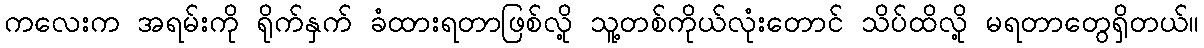
ကလေးက အရမ်းကို ရိုက်နှက် ခံထားရတာဖြစ်လို့ သူ့တစ်ကိုယ်လုံးတောင် သိပ်ထိလို့ မရတာတွေရှိတယ်။